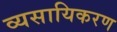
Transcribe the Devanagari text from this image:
व्यसायिकरण